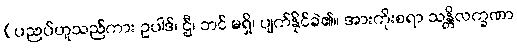
(ပညပ်ဟူသည်ကား ဥပါဒ်၊ ဌီ၊ ဘင် မရှိ၊ ပျက်နိုင်ခဲ၏။ အားကိုးစရာ သန္တိလက္ခဏာ